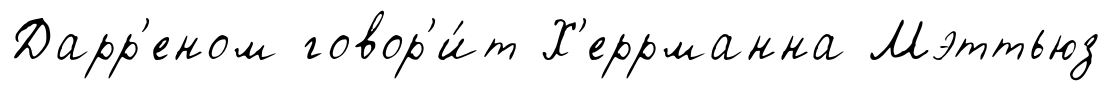
Дарр'еном говор'и́т Х'еррманна Мэттьюз